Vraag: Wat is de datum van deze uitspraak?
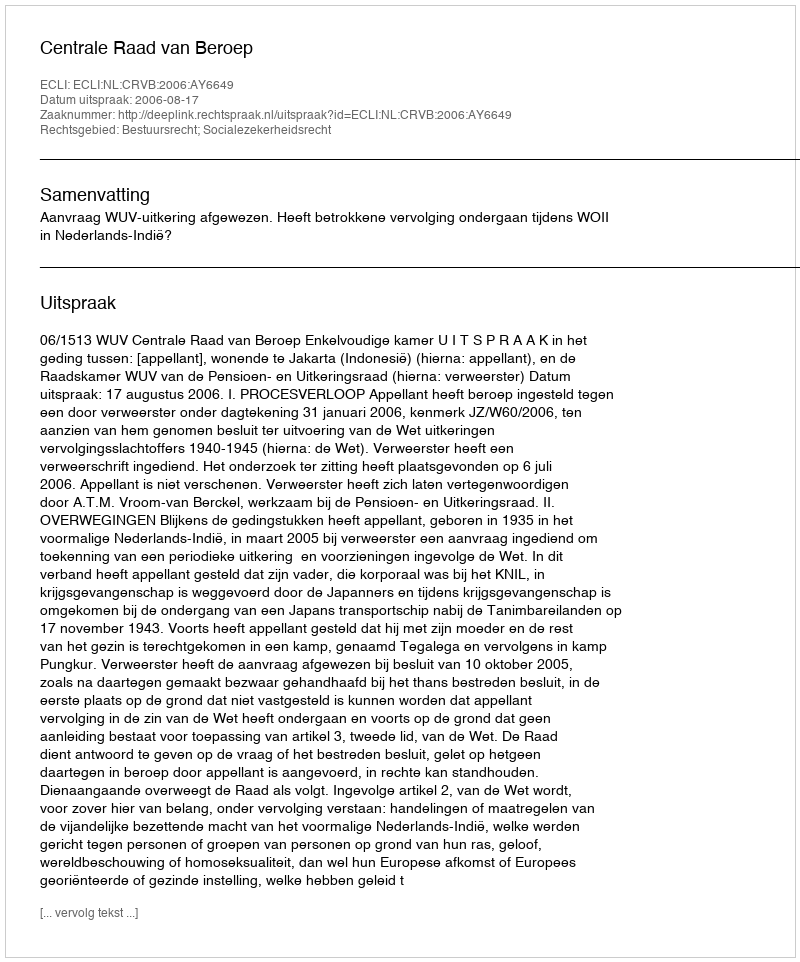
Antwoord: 2006-08-17